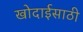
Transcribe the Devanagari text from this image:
खोदाईसाठी